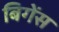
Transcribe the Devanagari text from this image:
बिगेंस